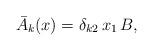
LaTeX: \begin{align*}{\bar{A}}_k(x)= \delta_{k 2}\, x_1\, B,\end{align*}